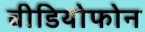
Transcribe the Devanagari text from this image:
वीडियोफोन